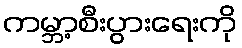
ကမ္ဘာ့စီးပွားရေးကို